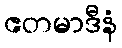
ဧတမာဒီနံ